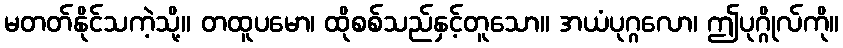
မတတ်နိုင်သကဲ့သို့။ တထူပမော၊ ထိုစစ်သည်နှင့်တူသော။ အယံပုဂ္ဂလော၊ ဤပုဂ္ဂိုလ်ကို။